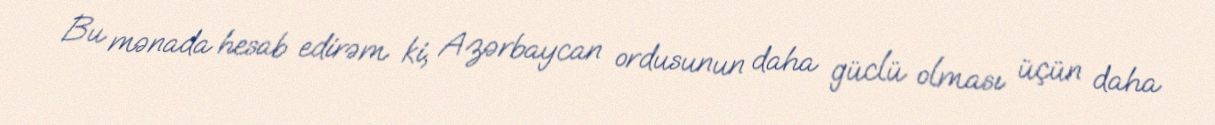
Bu mənada hesab edirəm ki, Azərbaycan ordusunun daha güclü olması üçün daha